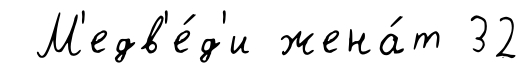
М'едв'е́д'и жена́т 32